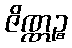
ဇိဏ္ဏဉ္စ